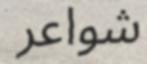
شواعر